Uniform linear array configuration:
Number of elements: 48
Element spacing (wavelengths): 0.5
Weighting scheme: binomial
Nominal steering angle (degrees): -15
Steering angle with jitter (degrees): -15.152
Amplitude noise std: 0.05
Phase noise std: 0.05

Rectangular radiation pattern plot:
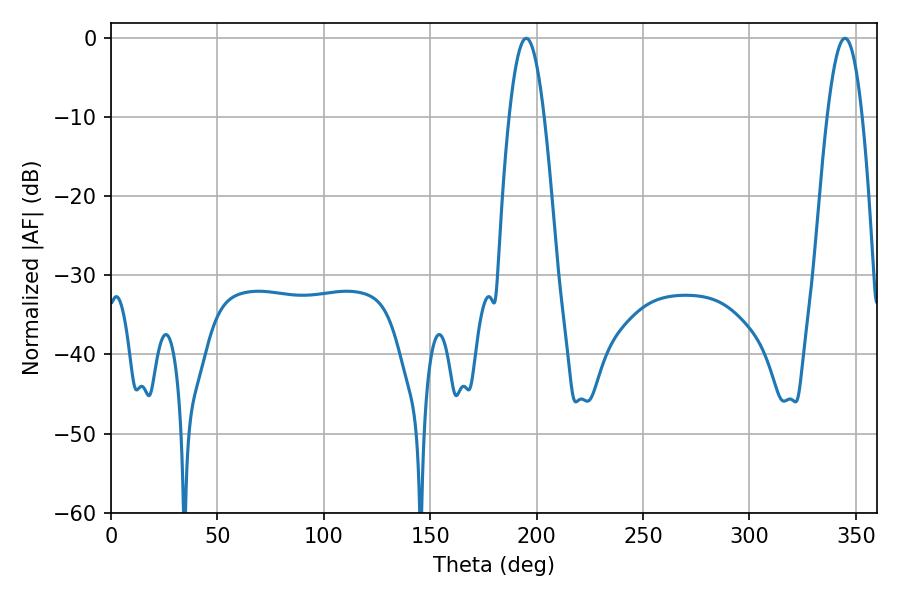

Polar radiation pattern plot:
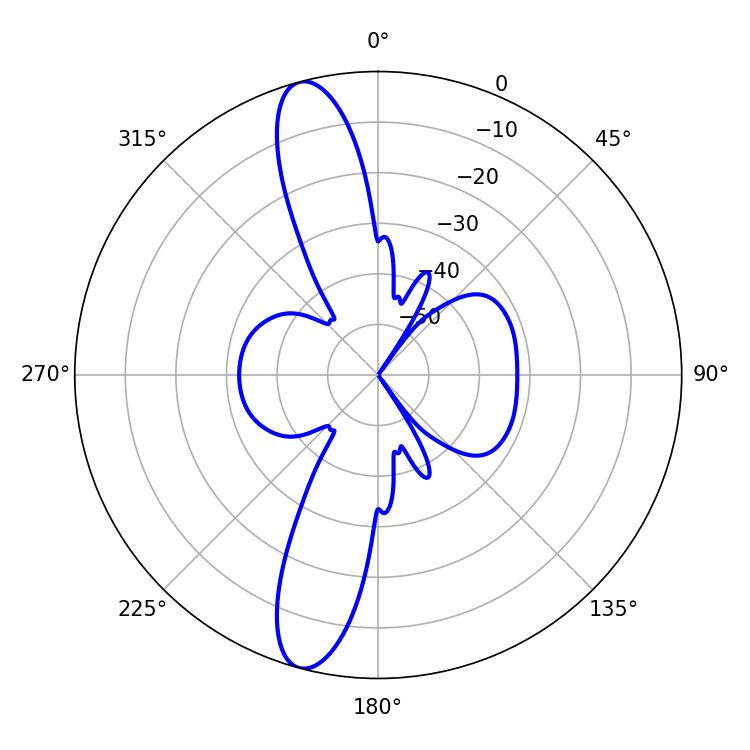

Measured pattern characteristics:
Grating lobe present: FALSE
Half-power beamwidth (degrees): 9
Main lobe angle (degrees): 195.12